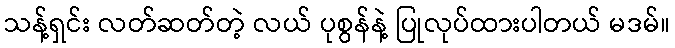
သန့်ရှင်း လတ်ဆတ်တဲ့ လယ် ပုစွန်နဲ့ ပြုလုပ်ထားပါတယ် မဒမ်။